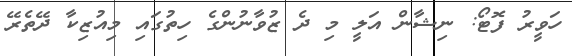
ހަވީރު ފޮޓޯ: ނިޝާން އަލީ މި ދެ ޒުވާނުންގެ ހިތުގައި މިއުޒިކާ ދޭތެރޭ